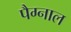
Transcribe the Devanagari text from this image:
पैग्नाल